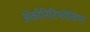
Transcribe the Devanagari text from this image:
ॲकॉनिटिफोलिया